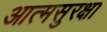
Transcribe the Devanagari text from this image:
आत्मसुरक्षा